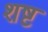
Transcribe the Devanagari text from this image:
शष्ट